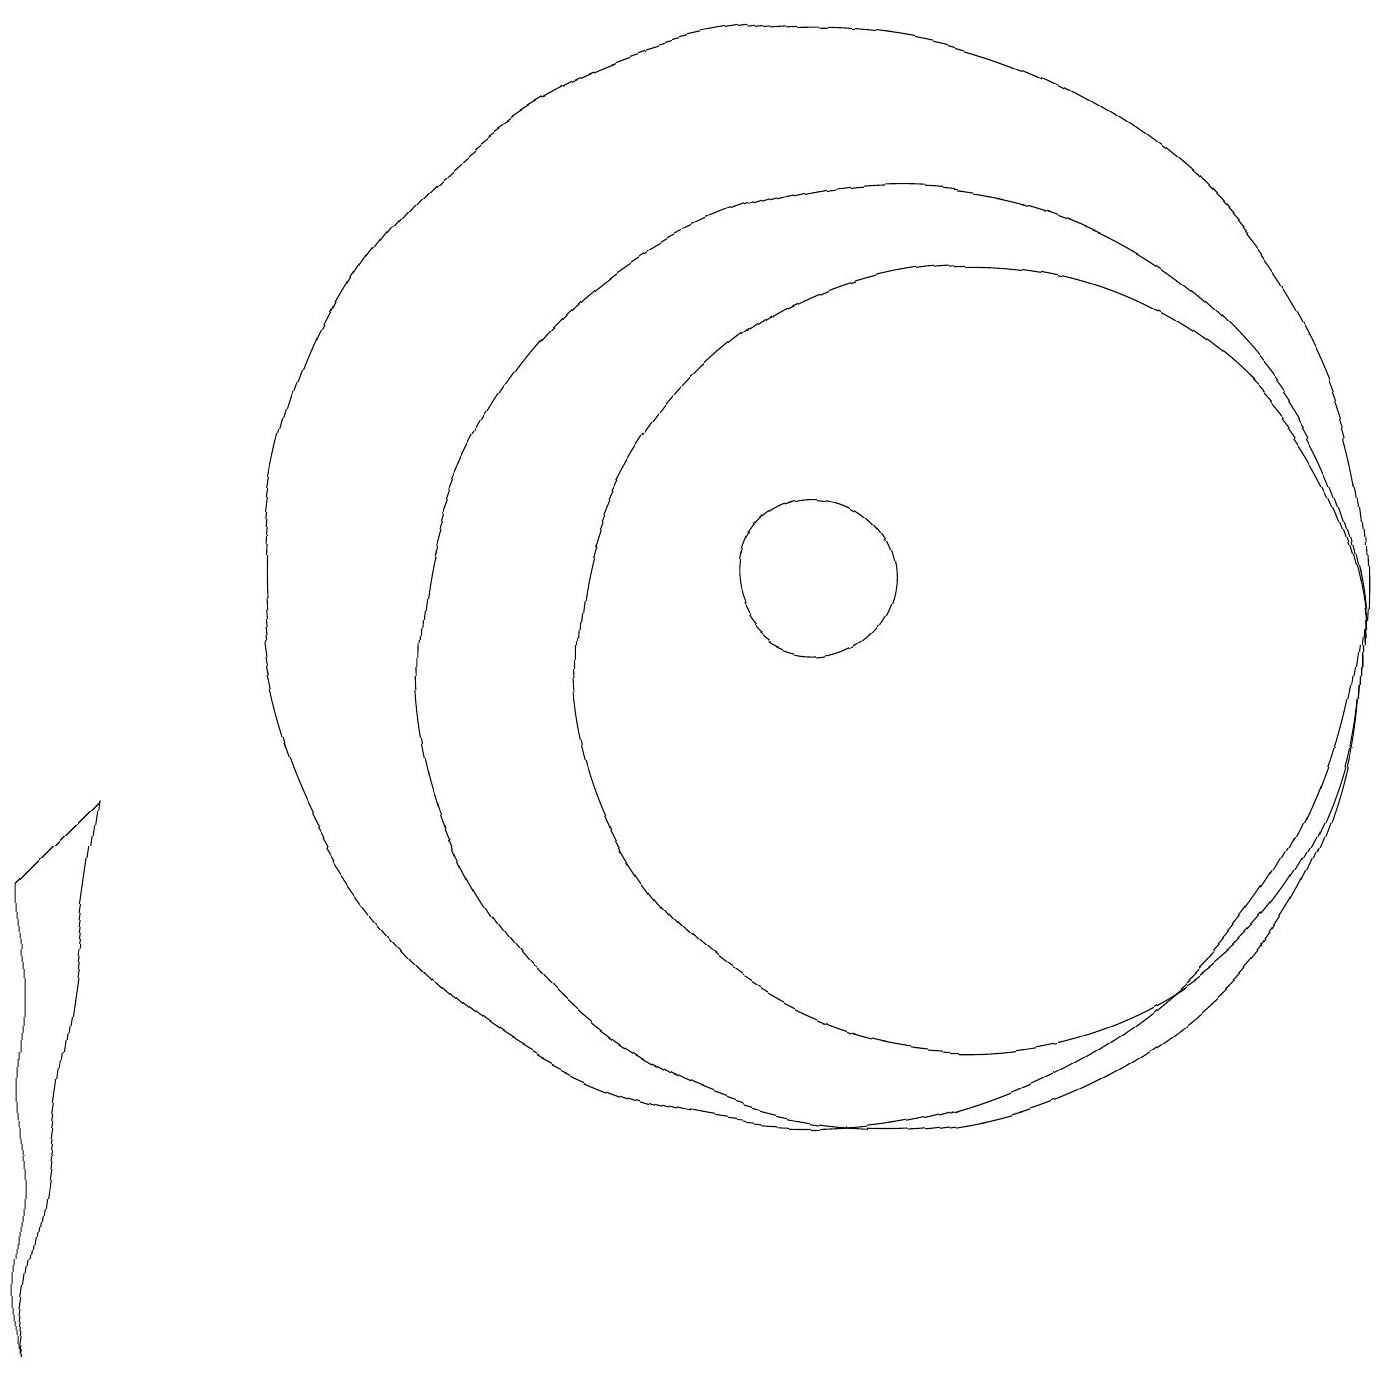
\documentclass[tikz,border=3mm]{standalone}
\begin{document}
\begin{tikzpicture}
\draw (10,11) circle (7);
\draw (10,11) circle (1);
\draw (11,10) circle (6);
\draw (0,1) -- (1,8) -- (0,7) -- cycle;
\draw (12,10) circle (5);
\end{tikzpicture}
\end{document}